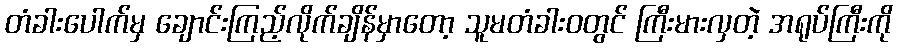
တံခါးပေါက်မှ ချောင်းကြည့်လိုက်ချိန်မှာတော့ သူမတံခါး၀တွင် ကြီးမားလှတဲ့ အရုပ်ကြီးကို